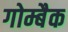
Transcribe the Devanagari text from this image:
गोम्बैक